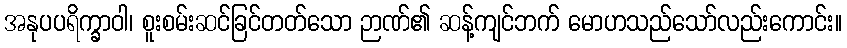
အနုပပရိက္ခာဝါ၊ စူးစမ်းဆင်ခြင်တတ်သော ဉာဏ်၏ ဆန့်ကျင်ဘက် မောဟသည်သော်လည်းကောင်း။